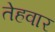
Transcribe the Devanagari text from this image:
तेहवार